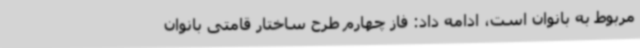
مربوط به بانوان است، ادامه داد: فاز چهارم طرح ساختار قامتی بانوان